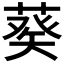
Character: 𦷡